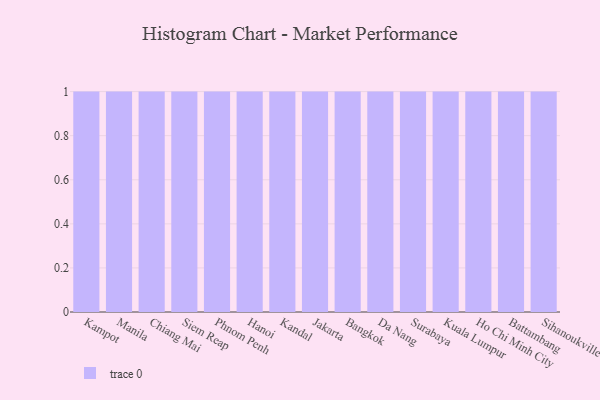
{"axis": {"x": "City", "y": "Headcount"}, "legend": [""], "data": [{"x": "Kampot", "y": 61, "type": ""}, {"x": "Manila", "y": 40, "type": ""}, {"x": "Chiang Mai", "y": 36, "type": ""}, {"x": "Siem Reap", "y": 39, "type": ""}, {"x": "Phnom Penh", "y": 32, "type": ""}, {"x": "Hanoi", "y": 90, "type": ""}, {"x": "Kandal", "y": 73, "type": ""}, {"x": "Jakarta", "y": 92, "type": ""}, {"x": "Bangkok", "y": 50, "type": ""}, {"x": "Da Nang", "y": 69, "type": ""}, {"x": "Surabaya", "y": 42, "type": ""}, {"x": "Kuala Lumpur", "y": 8, "type": ""}, {"x": "Ho Chi Minh City", "y": 75, "type": ""}, {"x": "Battambang", "y": 67, "type": ""}, {"x": "Sihanoukville", "y": 16, "type": ""}]}